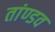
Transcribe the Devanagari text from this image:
तांण्डव